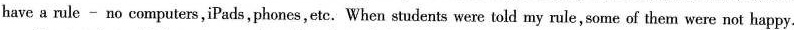
have a rule - no computers,iPads,phones,ete. When students were told my rule,some of them were not happy.